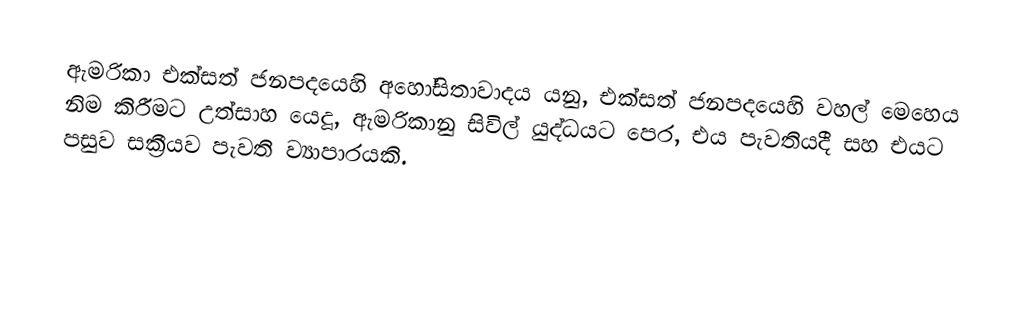
ඇමරිකා එක්සත් ජනපදයෙහි අහෝසිතාවාදය යනු, එක්සත් ජනපදයෙහි වහල් මෙහෙය නිම කිරීමට උත්සාහ යෙදූ,  ඇමරිකානු සිවිල් යුද්ධයට පෙර, එය පැවතියදී සහ එයට පසුව සක්‍රීයව පැවති ව්‍යාපාරයකි.